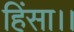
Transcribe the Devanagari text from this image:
हिंसा।।